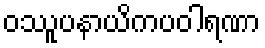
ဝဿူပနာယိကပဝါရဏာ